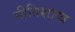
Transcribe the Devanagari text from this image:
नीतिशाष्त्र